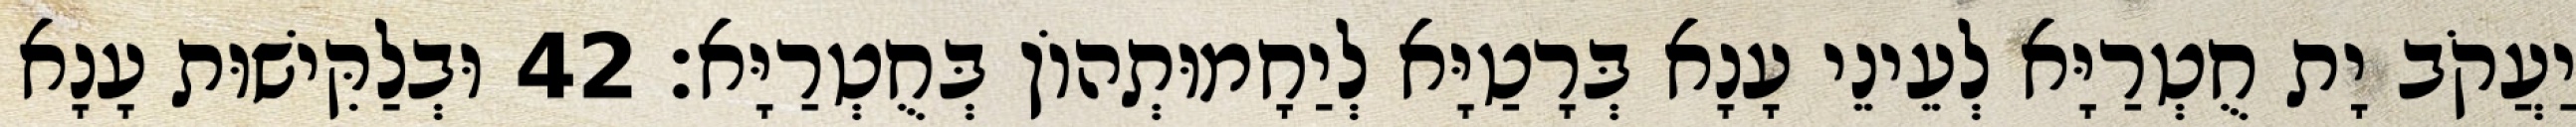
יַעֲקֹב יָת חֻטְרַיָּא לְעֵינֵי עָנָא בְּרָטַיָּא לְיַחָמוּתְהוֹן בְּחֻטְרַיָּא׃ 42 וּבְלַקִּישׁוּת עָנָא